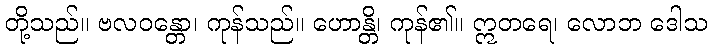
တို့သည်။ ဗလဝန္တော၊ ကုန်သည်။ ဟောန္တိ၊ ကုန်၏။ ဣတရေ၊ လောဘ ဒေါသ